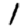
Digit: 1